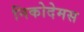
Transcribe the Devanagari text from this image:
निकोदेमस